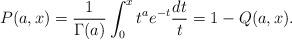
LaTeX: \begin{align*} P(a,x) = \frac{1}{\Gamma(a)} \int_0^{x} t^{a} e^{-t} \frac{dt}{t} = 1 - Q(a,x).\end{align*}